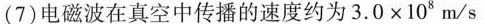
(7)电磁波在真空中传播的速度约为3.0×10°m/s